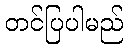
တင်ပြပါမည်